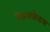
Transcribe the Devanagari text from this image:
वडक्केडथ